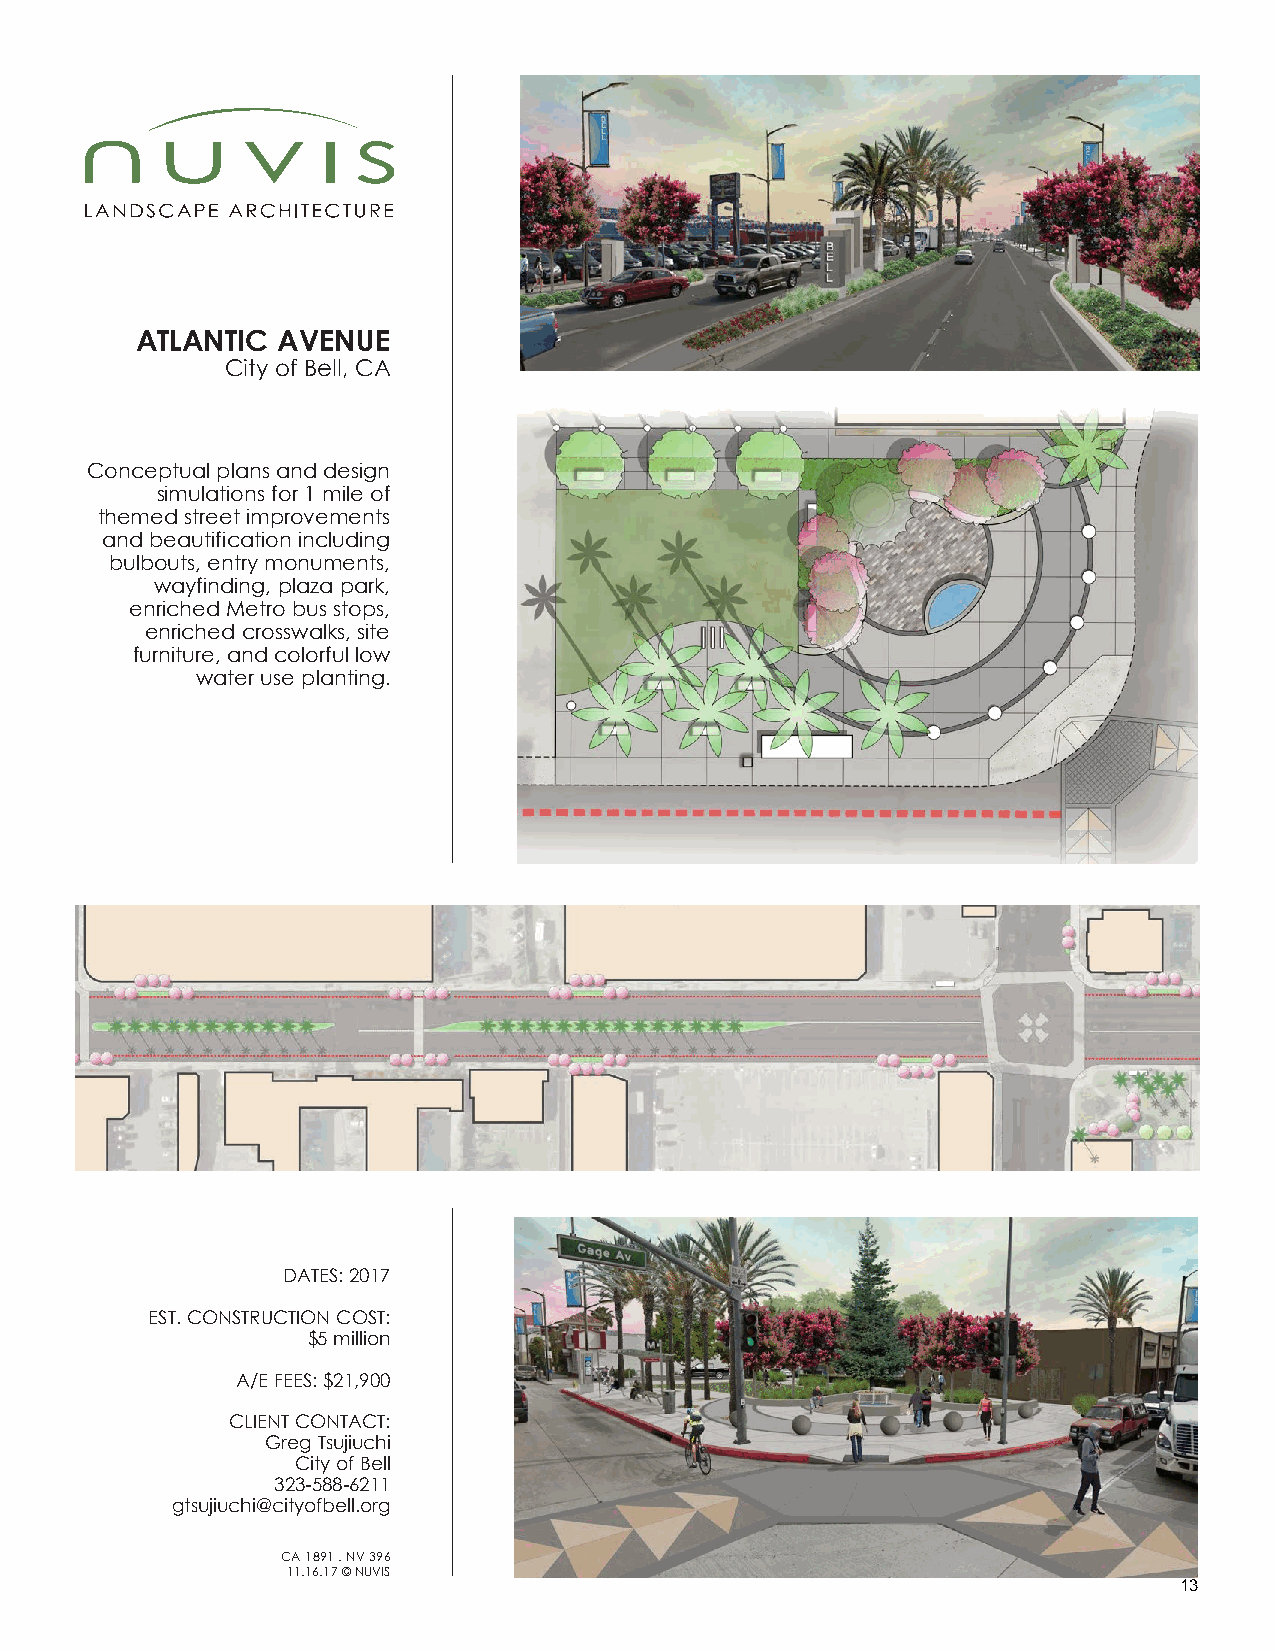
ATLANTIC AVENUE
 City of Bell, CA
 Conceptual plans and design
 simulations for 1 mile of
 themed street improvements
 and beautification including
 bulbouts, entry monuments,
 wayfinding, plaza park,
 enriched Metro bus stops,
 enriched crosswalks, site
 furniture, and colorful low
 water use planting.
 DATES: 2017
 EST. CONSTRUCTION COST:
 $5 million
 A/E FEES: $21,900
 CLIENT CONTACT:
 Greg Tsujiuchi
 City of Bell
 323-588-6211
 gtsujiuchi@cityofbell.org
 CA 1891 . NV 396
 11.16.17 © NUVIS
 13